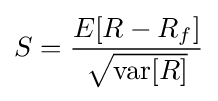
S={\frac {E[R-R_{f}]}{\sqrt {\mathrm {var} [R]}}}